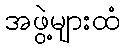
အဖွဲ့များထံ